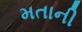
મતાની